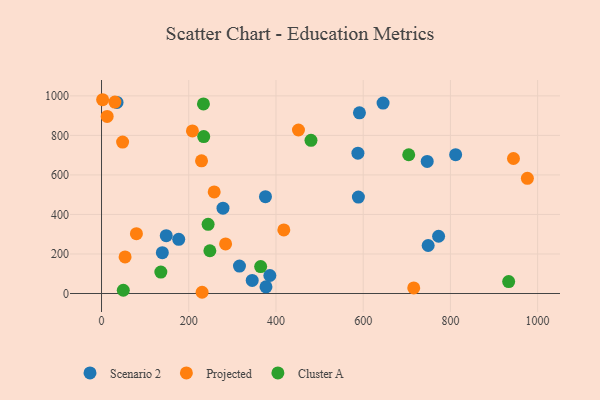
{"axis": {"x": "Price", "y": "Exam Score"}, "legend": ["Cluster A", "Projected", "Scenario 2"], "data": [{"x": "148.4", "y": 292.5, "type": "Scenario 2"}, {"x": "772.9", "y": 289.8, "type": "Scenario 2"}, {"x": "386.0", "y": 91.2, "type": "Scenario 2"}, {"x": "377.1", "y": 33.9, "type": "Scenario 2"}, {"x": "139.4", "y": 206.7, "type": "Scenario 2"}, {"x": "35.5", "y": 966.7, "type": "Scenario 2"}, {"x": "591.4", "y": 914.1, "type": "Scenario 2"}, {"x": "746.8", "y": 668.2, "type": "Scenario 2"}, {"x": "587.9", "y": 709.9, "type": "Scenario 2"}, {"x": "278.5", "y": 431.9, "type": "Scenario 2"}, {"x": "589.0", "y": 488.0, "type": "Scenario 2"}, {"x": "812.0", "y": 702.3, "type": "Scenario 2"}, {"x": "749.0", "y": 242.9, "type": "Scenario 2"}, {"x": "645.6", "y": 963.3, "type": "Scenario 2"}, {"x": "375.9", "y": 489.9, "type": "Scenario 2"}, {"x": "316.3", "y": 139.0, "type": "Scenario 2"}, {"x": "345.5", "y": 66.3, "type": "Scenario 2"}, {"x": "177.0", "y": 274.0, "type": "Scenario 2"}, {"x": "229.3", "y": 671.2, "type": "Projected"}, {"x": "715.9", "y": 28.3, "type": "Projected"}, {"x": "2.5", "y": 980.5, "type": "Projected"}, {"x": "80.0", "y": 302.8, "type": "Projected"}, {"x": "208.4", "y": 822.4, "type": "Projected"}, {"x": "944.6", "y": 683.2, "type": "Projected"}, {"x": "230.6", "y": 6.2, "type": "Projected"}, {"x": "284.5", "y": 250.9, "type": "Projected"}, {"x": "12.9", "y": 896.1, "type": "Projected"}, {"x": "48.3", "y": 766.0, "type": "Projected"}, {"x": "258.3", "y": 514.1, "type": "Projected"}, {"x": "30.6", "y": 968.4, "type": "Projected"}, {"x": "451.6", "y": 827.2, "type": "Projected"}, {"x": "418.0", "y": 321.8, "type": "Projected"}, {"x": "976.5", "y": 583.0, "type": "Projected"}, {"x": "54.0", "y": 185.3, "type": "Projected"}, {"x": "234.3", "y": 794.1, "type": "Cluster A"}, {"x": "364.9", "y": 136.1, "type": "Cluster A"}, {"x": "704.4", "y": 702.1, "type": "Cluster A"}, {"x": "233.7", "y": 959.5, "type": "Cluster A"}, {"x": "933.6", "y": 60.4, "type": "Cluster A"}, {"x": "248.4", "y": 216.2, "type": "Cluster A"}, {"x": "136.0", "y": 108.2, "type": "Cluster A"}, {"x": "49.9", "y": 16.5, "type": "Cluster A"}, {"x": "244.4", "y": 349.8, "type": "Cluster A"}, {"x": "480.3", "y": 775.0, "type": "Cluster A"}]}